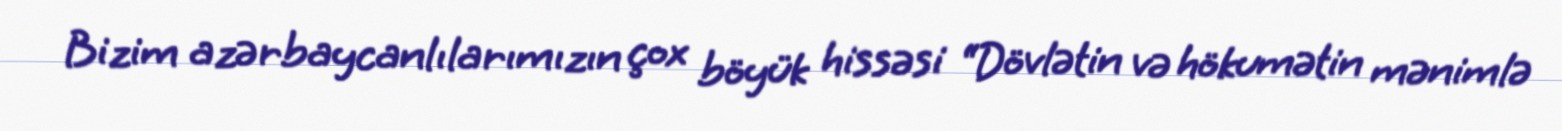
Bizim azərbaycanlılarımızın çox böyük hissəsi “Dövlətin və hökumətin mənimlə